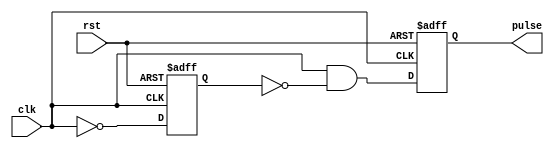
module falling_edge_pulse_generator(
    input clk,
    input rst,
    output reg pulse
);

reg flop;

always @(posedge clk or posedge rst) begin
    if (rst) begin
        flop <= 1'b0;
        pulse <= 1'b0;
    end else begin
        flop <= ~clk;
        pulse <= clk & ~flop;
    end
end

endmodule